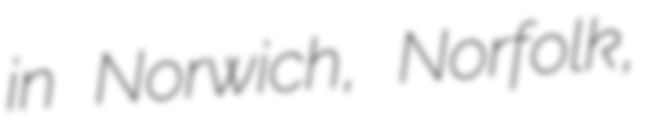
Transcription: in Norwich, Norfolk,